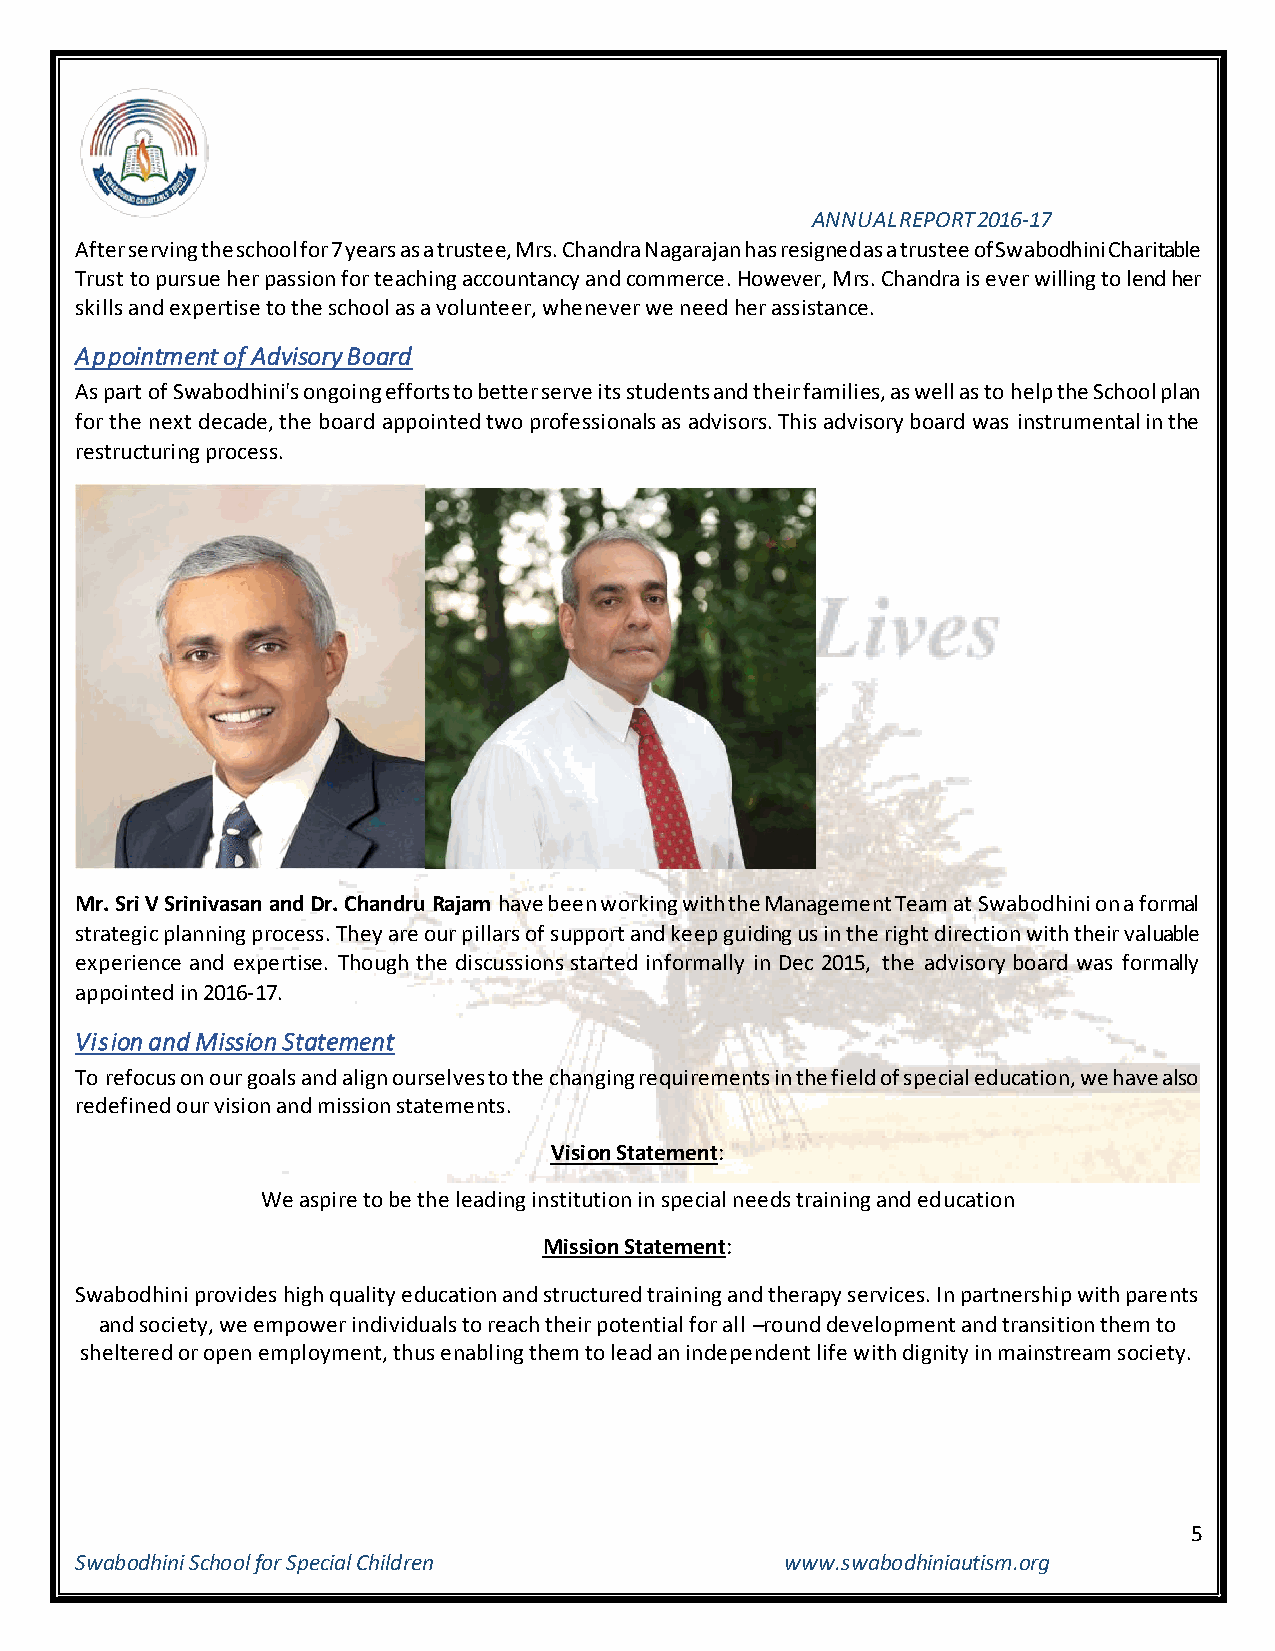
ANNUAL REPORT 2016-17
 After serving the school for 7 years as a trustee, Mrs. Chandra Nagarajan has resigned as a trustee of Swabodhini Charitable
 Trust to pursue her passion for teaching accountancy and commerce. However, Mrs. Chandra is ever willing to lend her
 skills and expertise to the school as a volunteer, whenever we need her assistance.
 Appointment of Advisory Board
 As part of Swabodhini's ongoing efforts to better serve its students and their families, as well as to help the School plan
 for the next decade, the board appointed two professionals as advisors. This advisory board was instrumental in the
 restructuring process.
 Mr. Sri V Srinivasan and Dr. Chandru Rajam have been working with the Management Team at Swabodhini on a formal
 strategic planning process. They are our pillars of support and keep guiding us in the right direction with their valuable
 experience and expertise. Though the discussions started informally in Dec 2015, the advisory board was formally
 appointed in 2016-17.
 Vision and Mission Statement
 To refocus on our goals and align ourselves to the changing requirements in the field of special education, we have also
 redefined our vision and mission statements.
 Vision Statement:
 We aspire to be the leading institution in special needs training and education
 Mission Statement:
 Swabodhini provides high quality education and structured training and therapy services. In partnership with parents
 and society, we empower individuals to reach their potential for all –round development and transition them to
 sheltered or open employment, thus enabling them to lead an independent life with dignity in mainstream society.
 5
 Swabodhini School for Special Children         www.swabodhiniautism.org